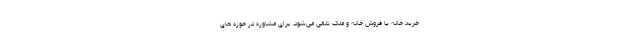
خرید خانه یا فروش خانه و ملک تلقی می‌شود. برای مشاوره در حوزه های